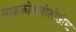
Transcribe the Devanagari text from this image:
माइक्रोबायोलोजीस्ट